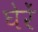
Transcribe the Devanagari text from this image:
घेरें